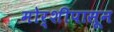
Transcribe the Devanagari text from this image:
मोर्शीपासून